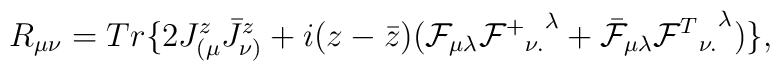
R_{\mu \nu} = Tr\{2J^z_{(\mu}\bar J^z_{\nu)} +i(z - \bar z)({\cal F}_{\mu \lambda}{{{\cal F}^+}_{\nu .}}^{\lambda} +\bar {\cal F}_{\mu \lambda}{{{\cal F}^T}_{\nu .}}^{\lambda})\},